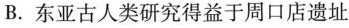
B. 东亚古人类研究得益于周口店遗址